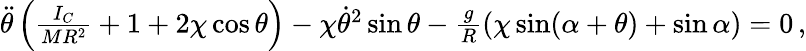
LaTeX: \begin{array}{r}{\ddot{\theta}\left(\frac{I_{C}}{MR^{2}}+1+2\chi\cos\theta\right)-\chi\dot{\theta}^{2}\sin\theta-\frac{g}{R}(\chi\sin(\alpha+\theta)+\sin\alpha)=0\, ,}\end{array}